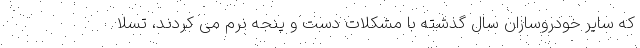
که سایر خودروسازان سال گذشته با مشکلات دست و پنجه نرم می کردند، تسلا